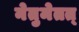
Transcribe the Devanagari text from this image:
नेतुमेतत्‌